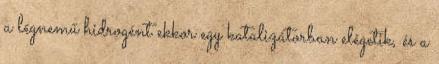
a légnemű hidrogént ekkor egy katalizátorban elégetik, és a